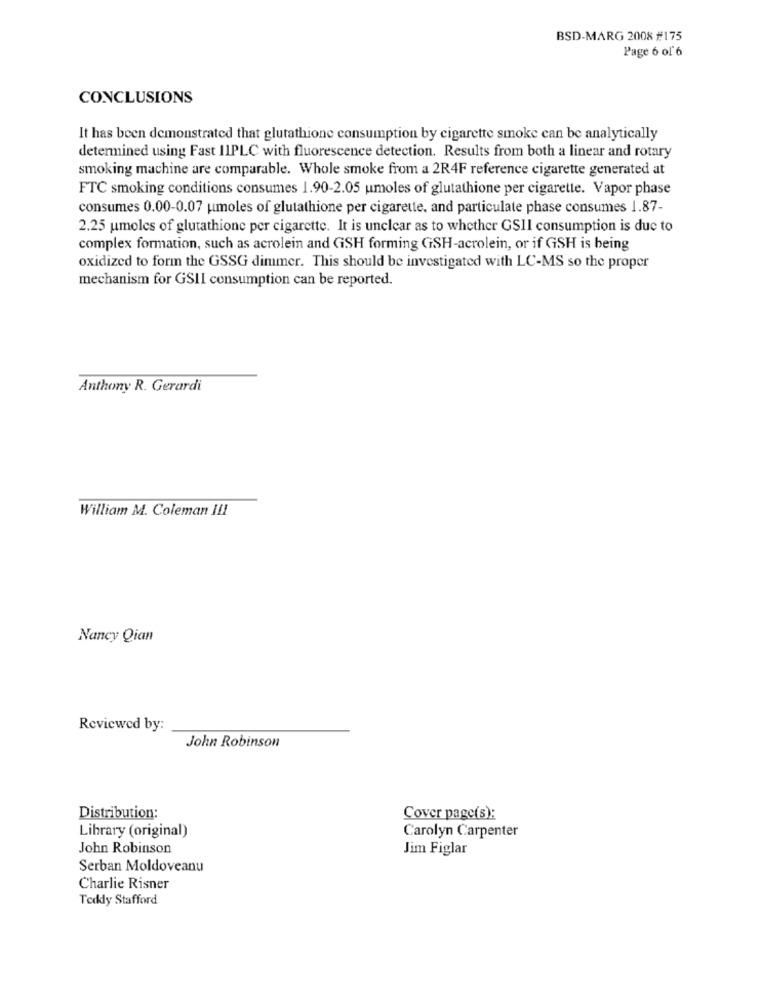
BSD-MARG 2008 #175
Page 6 of 6
CONCLUSIONS
It has been demonstrated that glutathione consumption by cigarette smoke can be analytically
determined using Fast 11PLC with fluorescence detection. Results from both a linear and rotary
smoking machine are comparable. Whole smoke from a 2R4F reference cigarette generated at
FTC smoking conditions consumes 1.90-2.05 umoles of glutathione per cigarette. Vapor phase
consumes 0.00-0.07 umoles of glutathione per cigarette, and particulate phase consumes 1.87-
2.25 umoles of glutathione per cigarette. It is unclear as to whether GSII consumption is due to
complex formation, such as acrolein and GSH forming GSH-acrolein, or if GSH is being
oxidized to form the GSSG dimmer. This should be investigated with LC-MS so the proper
mechanism for GSII consumption can be reported.
Anthony R. Gerardi
William M. Coleman III
Nancy Qian
Reviewed by:
John Robinson
Distribution:
Cover page(s):
Library (original)
Carolyn Carpenter
John Robinson
Jim Figlar
Serban Moldoveanu
Charlie Risner
Teddy Stafford